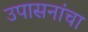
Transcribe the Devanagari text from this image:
उपासनांचा